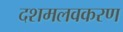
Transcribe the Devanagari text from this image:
दशमलवकरण